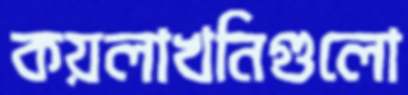
কয়লাখনিগুলো